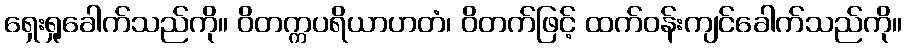
ရှေးရှုခေါက်သည်ကို။ ဝိတက္ကပရိယာဟတံ၊ ဝိတက်ဖြင့် ထက်ဝန်းကျင်ခေါက်သည်ကို။